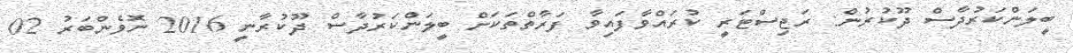
ބީލަންކަރުދާސް ދޫކުރުން: ރަޖިސްޓަރީ ކުރަައްވާފައިވާ ފަރާތްތަކަށް ބީލަންކަރުދާސް ދޫކުރާނީ 2016 ނޮވެންބަރު 02